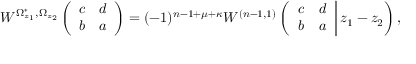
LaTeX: W ^ { \Omega _ { z _ { 1 } } ^ { * } , \Omega _ { z _ { 2 } } } \left( \begin{array} { c c } { { c } } & { { d } } \\ { { b } } & { { a } } \end{array} \right) = ( - 1 ) ^ { n - 1 + \mu + \kappa } W ^ { ( n - 1 , 1 ) } \left( \left. \begin{array} { c c } { { c } } & { { d } } \\ { { b } } & { { a } } \end{array} \right| z _ { 1 } - z _ { 2 } \right) ,